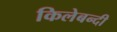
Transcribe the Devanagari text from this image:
किलेबन्‍दी